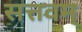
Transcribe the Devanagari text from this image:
सत्तवम्‌